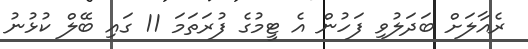
ރެއާލަށް ބަދަލުވި ފަހުން އެ ޓީމުގެ ފުރަތަމަ 11 ގައި ބޭލް ކުޅުނު